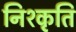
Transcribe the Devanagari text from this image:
निश्कृति